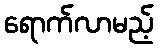
ရောက်လာမည့်